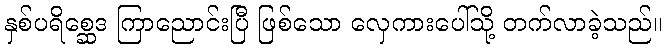
နှစ်ပရိစ္ဆေဒ ကြာညောင်းပြီ ဖြစ်သော လှေကားပေါ်သို့ တက်လာခဲ့သည်။